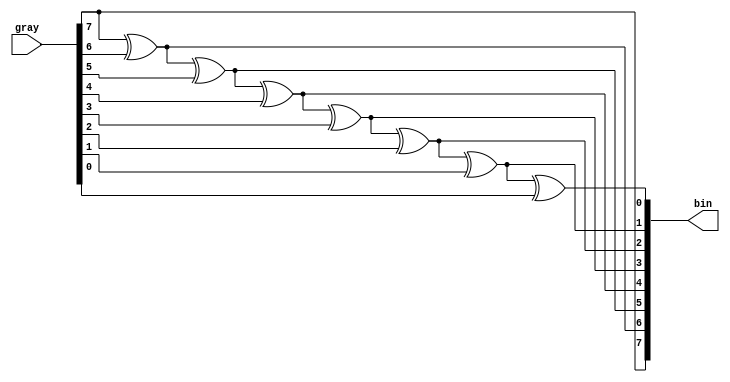
//
// Gray: {a,b,c,d}
// Bits: {a,a^b,a^b^c,a^b^c^d}
//
module gray2bin #(
    parameter WIDTH = 8)
(
    input [WIDTH-1:0] gray,
    output reg [WIDTH-1:0] bin
);

    integer i;
    always @(*) begin
        bin[WIDTH-1] = gray[WIDTH-1];
        for (i = WIDTH-2; i >= 0; i = i - 1) begin
            bin[i] = bin[i+1] ^ gray[i];
        end
    end

endmodule